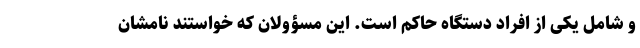
و شامل یکی از افراد دستگاه حاکم است. این مسؤولان که خواستند نامشان